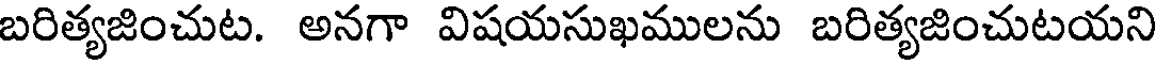
బరిత్యజించుట. అనగా విషయసుఖములను బరిత్యజించుటయని